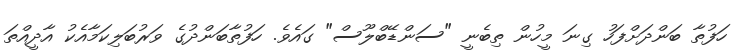
ހަފުތާ ބަންދަށްފަހު ގިނަ މީހުން ތިބެނީ "ސަންޑޭބްލޫސް" ގައެވެ. ހަފުތާބަންދުގެ ވަރުބަލިކަމާއެކު އާދީއްތަ